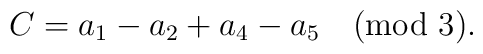
C = a_1 - a_2 +a_4 - a_5 \quad {\rm (mod\ 3).}